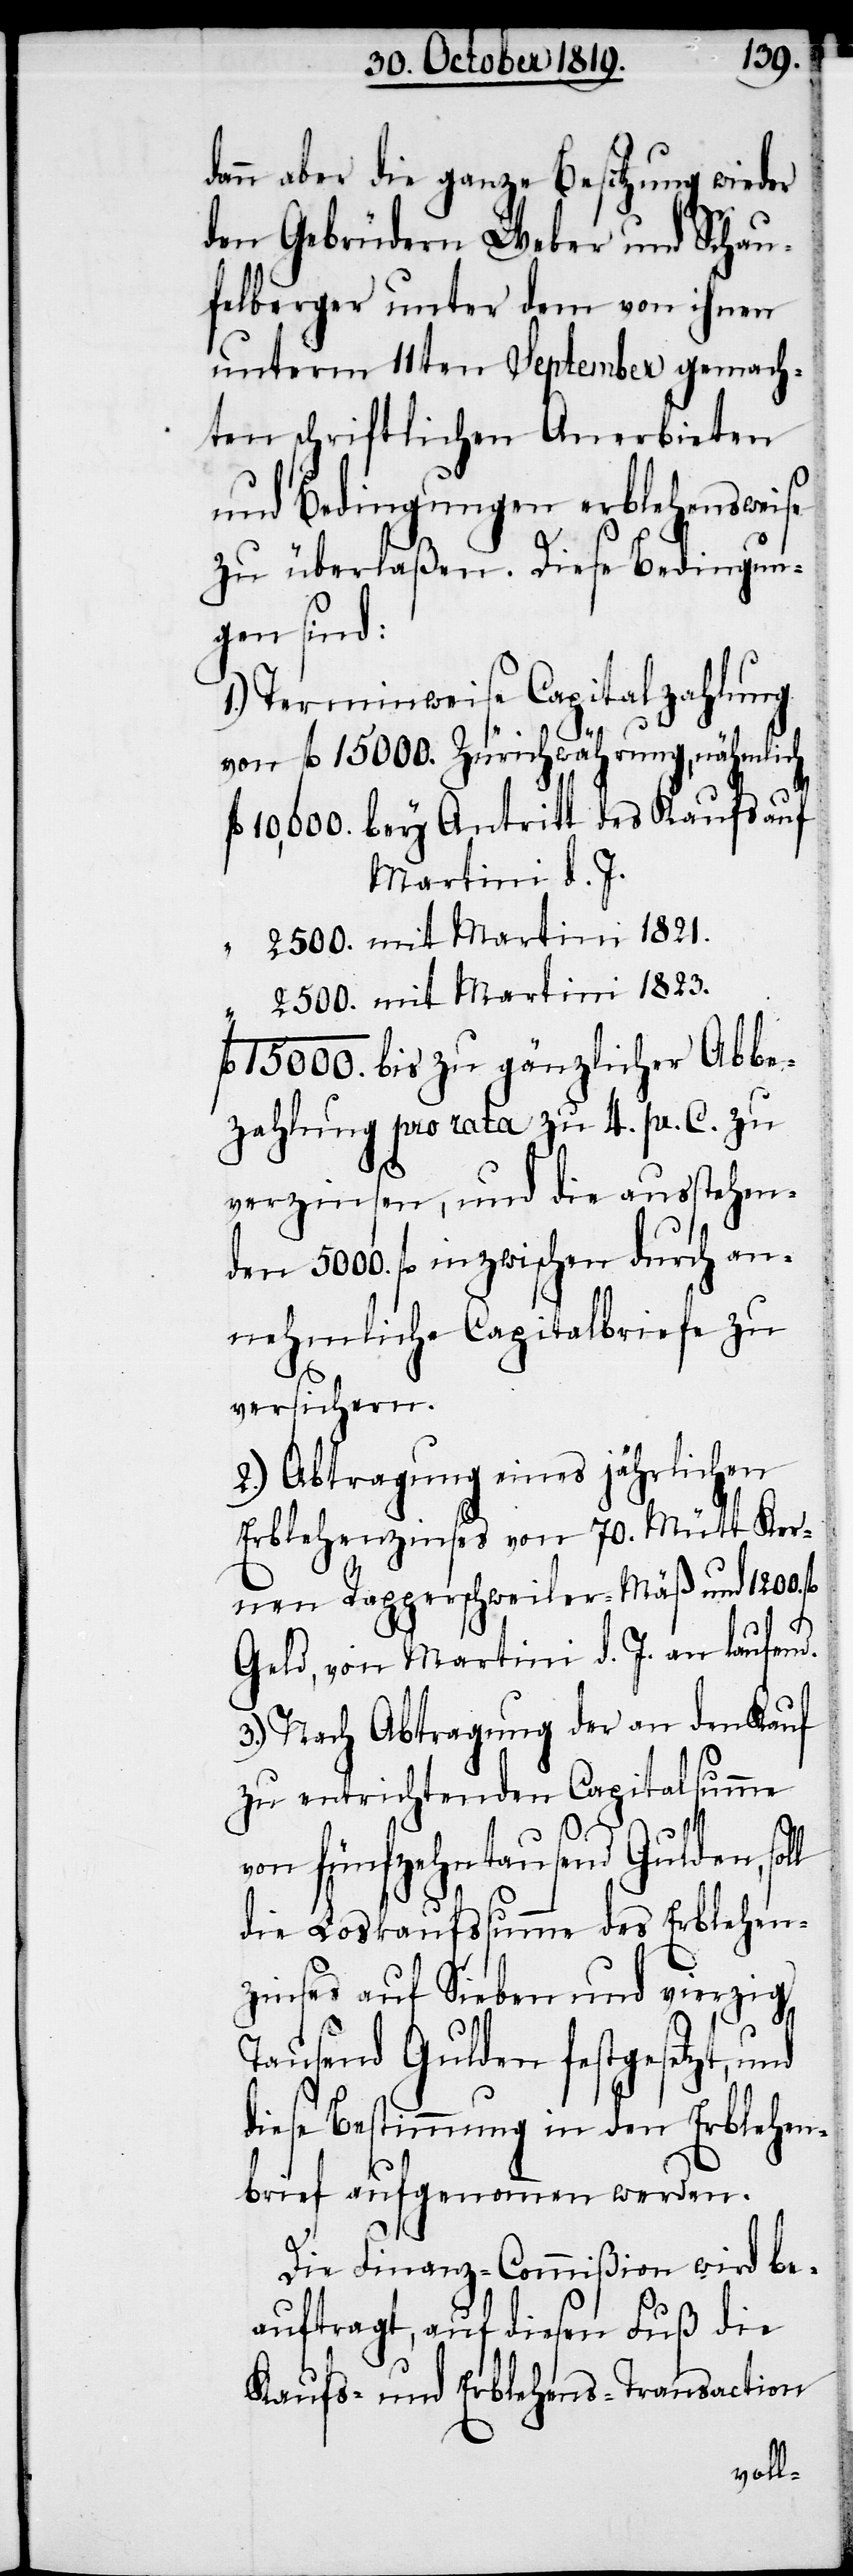
dann aber die ganze Besitzung wieder
den Gebrüdern Weber und Schau¬
felberger unter dem von ihnen
unterm 11ten September gemach¬
ten schriftlichen Anerbieten
und Bedingungen erblehensweise
zu überlaßen. Diese Bedingun¬
gen sind:
1.) Terminweise Capitalzahlung
von fl. 15000. Zürichwährung, nähmlich
10,000. bey Antritt des Kaufs auf
Martini d. J.
2500. mit Martini 1821.
2500. mit Martini 1823.
fl. 15000. bis zu gänzlicher Abbe¬
zahlung pro rata zu 4. pr. C. zu
verzinsen, und die ausstehen¬
den 5000. fl. inzwischen durch an¬
nehmliche Capitalbriefe zu
versichern.
2.) Abtragung eines jährlichen
Erblehenzinses von 70. Mütt Ker¬
nen Rapperschweiler-Mäß und 1200.
Geld, von Martini d. J. an laufend.
3.) Nach Abtragung der an den Kauf
zu entrichtenden Capitalsumme
von fünfzehntausend Gulden,
die Loskaufssumme des Erblehen¬
zinses auf Sieben und vierzig
Tausend Gulden festgesetzt, und
diese Bestimmung in den Erblehen¬
brief aufgenommen werden.
Die Finanz-Commißion wird be¬
auftragt, auf diesen Fuß die
Kaufs- und Erblehens-Transaction